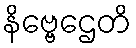
နိဗ္ဗေဌေတိ